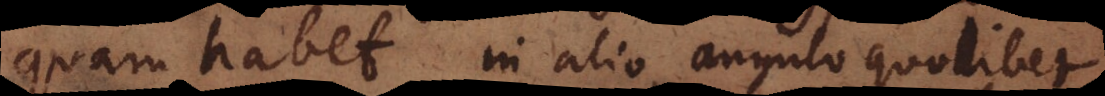
quam habet in alio angulo quolibet